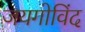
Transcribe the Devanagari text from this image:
जयगोविंद